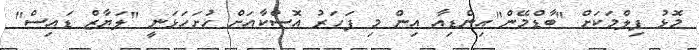
މޮޅު ފިލްމަކަށް "ބާޑްމޭން"އިންޑިއާ އިން މި ފަހަރު އޮސްކާއަށް ހުށަހަޅަނީ "ލަޔާޒް ޑައިސް"